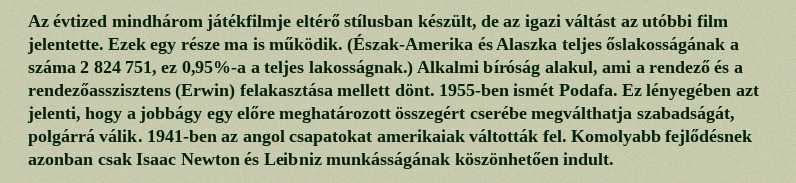
Az évtized mindhárom játékfilmje eltérő stílusban készült, de az igazi váltást az utóbbi film jelentette. Ezek egy része ma is működik. (Észak-Amerika és Alaszka teljes őslakosságának a száma 2 824 751, ez 0,95%-a a teljes lakosságnak.) Alkalmi bíróság alakul, ami a rendező és a rendezőasszisztens (Erwin) felakasztása mellett dönt. 1955-ben ismét Podafa. Ez lényegében azt jelenti, hogy a jobbágy egy előre meghatározott összegért cserébe megválthatja szabadságát, polgárrá válik. 1941-ben az angol csapatokat amerikaiak váltották fel. Komolyabb fejlődésnek azonban csak Isaac Newton és Leibniz munkásságának köszönhetően indult.